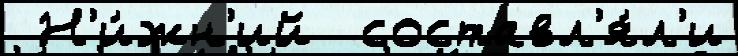
 Н'и́жн'ий  составл'я́л'и